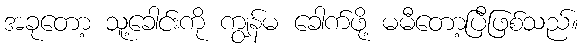
အခုတော့ သူ့ခေါင်းကို ကျွန်မ ခေါက်ဖို့ မမီတော့ပြီဖြစ်သည်။